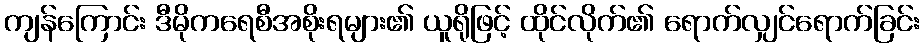
ကျန်ကြောင်း ဒီမိုကရေစီအစိုးရများ၏ ယူရိုဖြင့် ထိုင်လိုက်၏ ရောက်လျှင်ရောက်ခြင်း